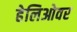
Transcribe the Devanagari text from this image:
हेलिओवर